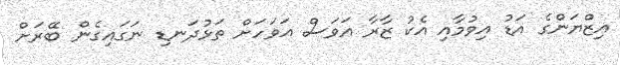
އިޒްޔަންގެ އަޑު އިވުމާއި އެކު ޒާރާ އަވަސް އަވަހަށް ތަޅުދަނޑި ނަގައިގެން ބޭރަށް